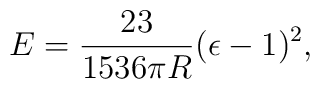
E={23\over1536\pi R}(\epsilon-1)^2,